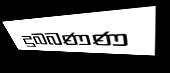
දුබබණණ